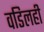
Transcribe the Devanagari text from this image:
वडिलही